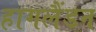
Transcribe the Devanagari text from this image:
हागलैंडन